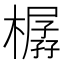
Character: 樼